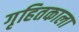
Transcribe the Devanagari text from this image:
गृहितकाला